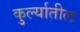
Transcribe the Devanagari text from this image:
कुर्ल्यातील